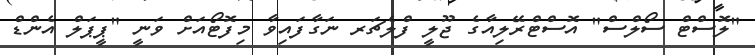
"ލޮސްޓް ސޯލްސް" އޮސްޓްރޭލިއާގެ ޖޫލީ ފްލެޗަރ ނަގާފައިވާ މިފޮޓޯއަށް ވަނީ "ޕީޕަލް އެންޑް